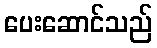
ပေးဆောင်သည်